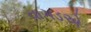
વાગડએ